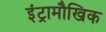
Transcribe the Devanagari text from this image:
इंट्रामौखिक